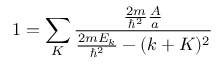
1 = \sum _ { K } { \frac { { \frac { 2 m } { \hbar ^ { 2 } } } { \frac { A } { a } } } { { \frac { 2 m E _ { k } } { \hbar ^ { 2 } } } - ( k + K ) ^ { 2 } } }